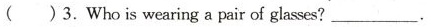
( )3.Who is wearing a pair of glases? ___ .